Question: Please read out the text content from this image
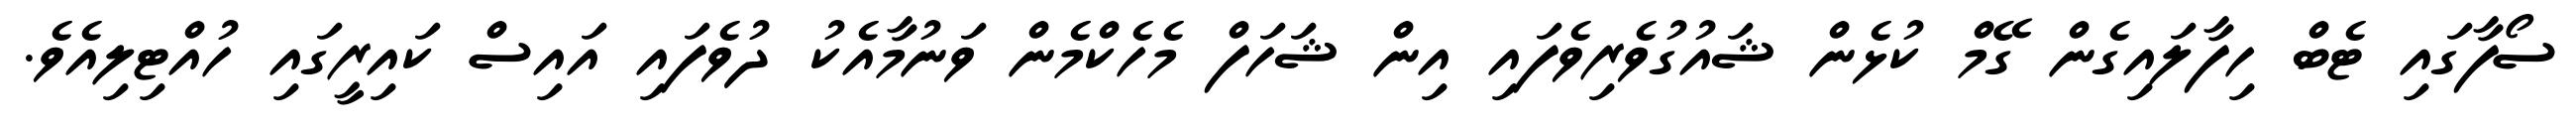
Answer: ސޯފާގައި ޓެބް ހިފާލައިގެން ގޭމް ކުޅެން ޝައުގުވެރިވެފައި އިން ޝަހަފް މެހެކްމެން ވަނުމާއެކު ދުވެފައި އައިސް ކައިރީގައި ހުއްޓިލިއެވެ.